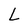
Character: L